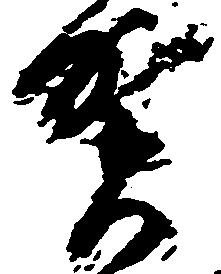
賀